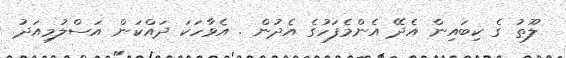
ލޫތު ގެ ކިބައިން އެދޭ އެންމެފަހުގެ އެދުން . އެވާހަކަ ދައްކަން އަސްލުމިއަދު